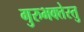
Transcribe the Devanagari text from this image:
गुरुभक्तेस्तु